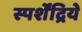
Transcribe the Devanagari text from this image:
स्पर्शेंद्रिये